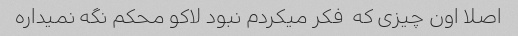
اصلا اون چیزی که  فکر میکردم نبود لاکو محکم نگه نمیداره